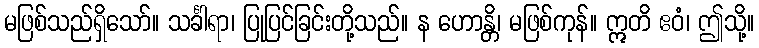
မဖြစ်သည်ရှိသော်။ သင်္ခါရာ၊ ပြုပြင်ခြင်းတို့သည်။ န ဟောန္တိ၊ မဖြစ်ကုန်။ ဣတိ ဧဝံ၊ ဤသို့။